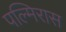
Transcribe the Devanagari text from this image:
पल्मिरास